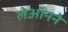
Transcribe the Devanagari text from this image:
लेऑनने